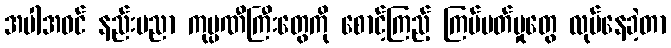
အပါအဝင် နည်းပညာ ကုမ္ပဏီကြီးတွေကို စောင့်ကြည့် ကြပ်မတ်မှုတွေ လုပ်နေခဲ့တာ